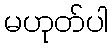
မဟုတ်ပါ